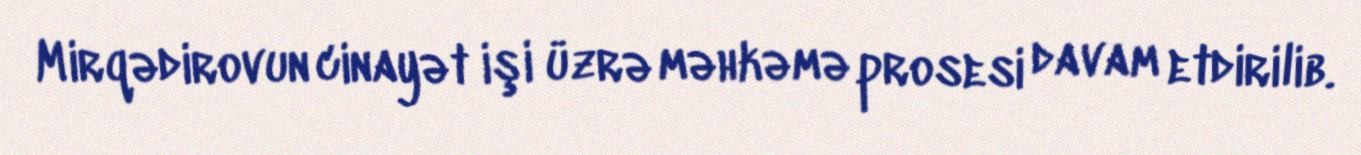
Mirqədirovun cinayət işi üzrə məhkəmə prosesi davam etdirilib.